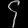
Digit: ၄